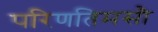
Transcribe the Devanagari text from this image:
परिणतिमसौ